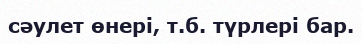
сәулет өнері, т.б. түрлері бар.